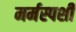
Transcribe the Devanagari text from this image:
मर्मस्‍पर्शी